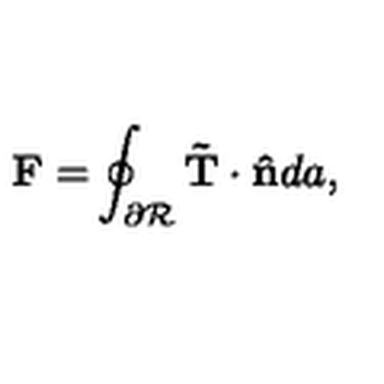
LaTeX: \mathbf { F = } \oint _ { \partial \mathcal { R } } \mathbf { \tilde { T } \cdot \hat { n } } d a ,